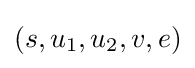
(s,u_{1},u_{2},v,e)